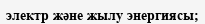
электр және жылу энергиясы;